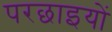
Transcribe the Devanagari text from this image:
परछाइयों